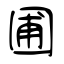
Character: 圃